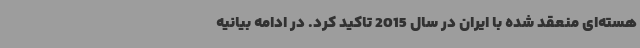
هسته‌ای منعقد شده با ایران در سال 2015 تاکید کرد. در ادامه بیانیه